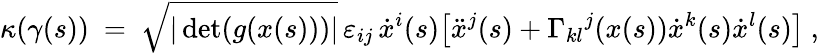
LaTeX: \kappa(\gamma(s))\ =\ \sqrt{|\operatorname*{det}(g(x(s)))|}\, \varepsilon_{ij}\, \dot{x}^{i}(s)\big[\ddot{x}^{j}(s)+\Gamma_{kl}{}^{j}(x(s))\dot{x}^{k}(s)\dot{x}^{l}(s)\big]~,